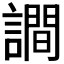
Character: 𧬘